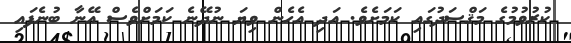
ކުރުވުމުގެ މަޤްސަދުގައި ކަމަށެވެ. އަދި އެހެން ވިޔަ ނުދޭނެ ކަމަށްވެސް އޭނާ ބުނެފައި